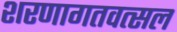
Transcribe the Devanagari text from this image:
शरणागतवत्सल